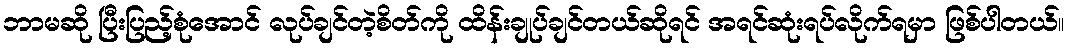
ဘာမဆို ပြီးပြည့်စုံအောင် လုပ်ချင်တဲ့စိတ်ကို ထိန်းချုပ်ချင်တယ်ဆိုရင် အရင်ဆုံးရပ်လိုက်ရမှာ ဖြစ်ပါတယ်။